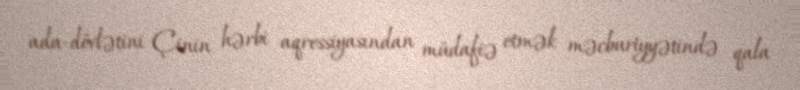
ada-dövlətini Çinin hərbi aqressiyasından müdafiə etmək məcburiyyətində qala